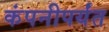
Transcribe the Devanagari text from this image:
कंपनीपर्यंत